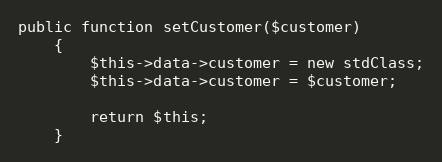
Language: PHP
public function setCustomer($customer)
    {
        $this->data->customer = new stdClass;
        $this->data->customer = $customer;

        return $this;
    }